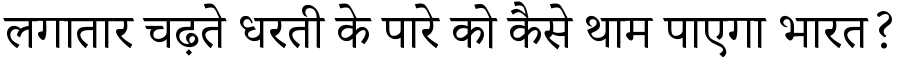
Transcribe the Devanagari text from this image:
लगातार चढ़ते धरती के पारे को कैसे थाम पाएगा भारत?